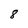
Character: 8